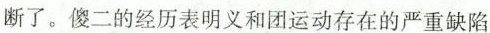
断了。傻二的经历表明义和团运动存在的严重缺陷